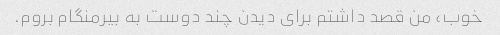
خوب، من قصد داشتم برای دیدن چند دوست به بیرمنگام بروم.